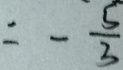
= - \frac { 5 } { 3 }